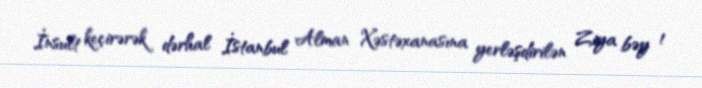
İnsult keçirərək dərhal İstanbul Alman Xəstəxanasına yerləşdirilən Ziya bəy 1